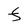
Character: F